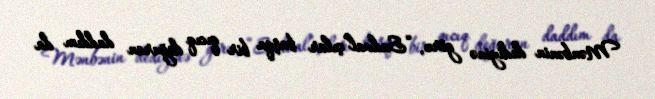
Mənbənin dediyinə görə, “Sadval”çılar başqa bir qıcıq doğuran daddım da